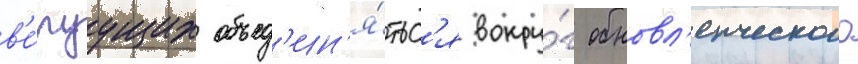
в'е́руущих объед'ин'я́тьс'я вокру́г обновл'енческого